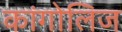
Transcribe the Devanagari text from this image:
कांगोलिज